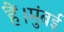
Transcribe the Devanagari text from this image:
हैं।मुंबई